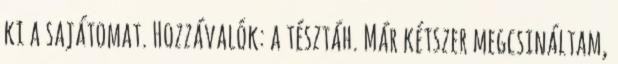
ki a sajátomat. Hozzávalók: a tésztáh. Már kétszer megcsináltam,